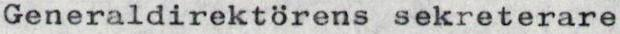
Generaldirektörens sekreterare